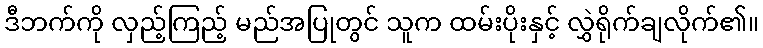
ဒီဘက်ကို လှည့်ကြည့် မည်အပြုတွင် သူက ထမ်းပိုးနှင့် လွှဲရိုက်ချလိုက်၏။